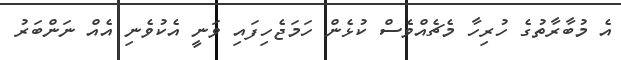
އެ މުބާރާތުގެ ހުރިހާ މެޗެއްވެސް ކުޅެން ހަމަޖެހިފައި ވަނީ އެކުވެނި އެއް ނަންބަރު